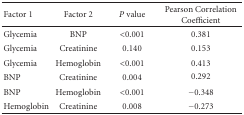
<table><thead><tr><td><b>Factor 1</b></td><td><b>Factor 2</b></td><td><b><i>P</i> value</b></td><td><b>Pearson Correlation Coefficient</b></td></tr></thead><tbody><tr><td>Glycemia</td><td>BNP</td><td>&lt;0.001</td><td>0.381</td></tr><tr><td>Glycemia</td><td>Creatinine</td><td>0.140</td><td>0.153</td></tr><tr><td>Glycemia</td><td>Hemoglobin</td><td>&lt;0.001</td><td>0.413</td></tr><tr><td>BNP</td><td>Creatinine</td><td>0.004</td><td>0.292</td></tr><tr><td>BNP</td><td>Hemoglobin</td><td>&lt;0.001</td><td>−0.348</td></tr><tr><td>Hemoglobin</td><td>Creatinine</td><td>0.008</td><td>−0.273</td></tr></tbody></table>